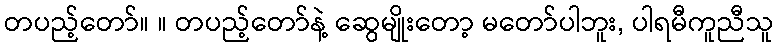
တပည့်တော်။ ။ တပည့်တော်နဲ့ ဆွေမျိုးတော့ မတော်ပါဘူး, ပါရမီကူညီသူ